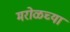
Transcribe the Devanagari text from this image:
मरोळच्या